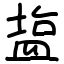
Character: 𥂁